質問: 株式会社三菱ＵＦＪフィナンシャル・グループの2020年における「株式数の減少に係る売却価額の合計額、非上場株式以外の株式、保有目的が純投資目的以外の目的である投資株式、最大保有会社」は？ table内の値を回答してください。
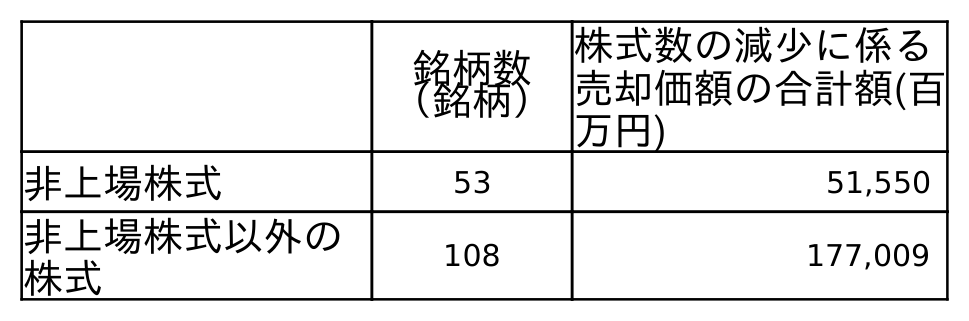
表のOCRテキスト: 銘柄数 （銘柄） 株式数の減少に係る 売却価額の合計額(百 万円) 非上場株式 53 51,550 非上場株式以外の 株式 108 177,009
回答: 177,009